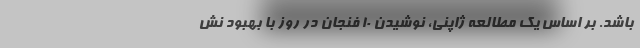
باشد. بر اساس یک مطالعه ژاپنی، نوشیدن 10 فنجان در روز با بهبود نش